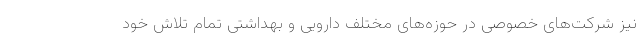
نیز شرکت‌های خصوصی در حوزه‌های مختلف دارویی و بهداشتی تمام تلاش خود